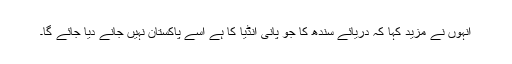
انہوں نے مزید کہا کہ دریائے سندھ کا جو پانی انڈیا کا ہے اسے پاکستان نہیں جانے دیا جائے گا۔